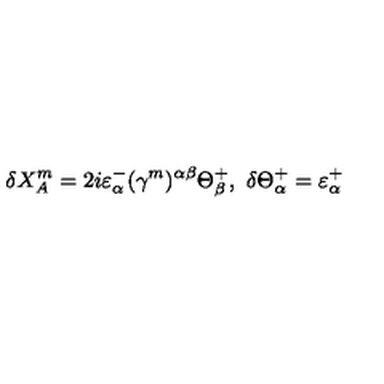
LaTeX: \delta { X _ { A } ^ { m } } = 2 i \varepsilon _ { \alpha } ^ { - } ( \gamma ^ { m } ) ^ { \alpha \beta } \Theta _ { \beta } ^ { + } , \ \delta \Theta _ { \alpha } ^ { + } = \varepsilon _ { \alpha } ^ { + }